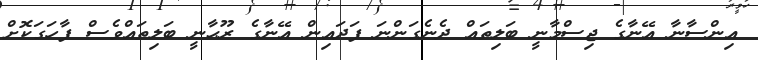
އިންސާނާ އޭނާގެ ޖިސްމާނީ ބަލިތައް ދެނެގަންނަ ފަދައިން އޭނާގެ ރޫޙާނީ ބަލިތައްވެސް ފާހަގަކޮށް